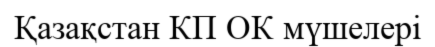
Қазақстан КП ОК мүшелері